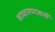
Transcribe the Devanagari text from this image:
साधारणजनों